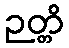
ဉတ္တိ